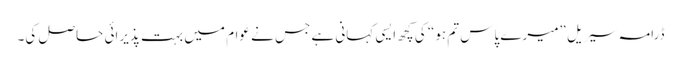
ڈرامہ سیریل ”میرے پاس تم ہو“ کی کچھ ایسی کہانی ہے جس نے عوام میں بہت پذیرائی حاصل کی۔